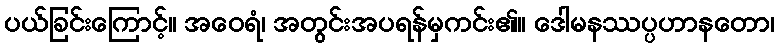
ပယ်ခြင်းကြောင့်။ အဝေရံ၊ အတွင်းအပရန်မှကင်း၏။ ဒေါမနဿပ္ပဟာနတော၊